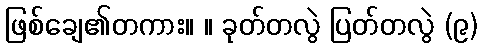
ဖြစ်ချေ၏တကား။ ။ ခုတ်တလွဲ ပြတ်တလွဲ (၉)